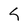
Character: S